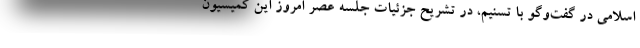
اسلامی در گفت‌وگو با تسنیم، در تشریح جزئیات جلسه عصر امروز این کمیسیون